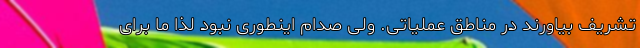
تشریف بیاورند در مناطق عملیاتی. ولی صدام اینطوری نبود لذا ما برای